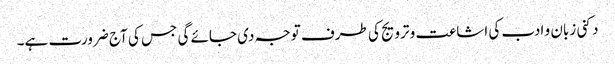
دکنی زبان و ادب کی اشاعت و ترویج کی طرف توجہ دی جائے گی جس کی آج ضرورت ہے۔